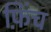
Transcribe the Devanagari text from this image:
फ़िंच